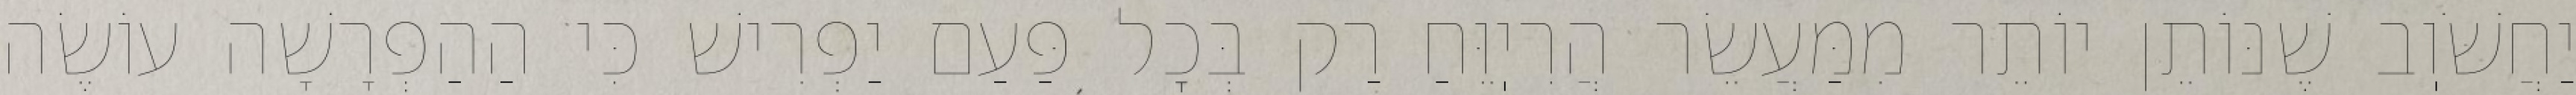
יַחֲשֹׁוֽב שֶׁנּוֹתֵן יוֹתֵר מִמַּעֲשֵׂר הֲרִיֽוֵּחַ רַק בְּכׇל פַּעַם יַפְרִישׁ כִּי הַהַפְרָשָׁה עוֹשֶׂה